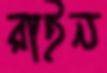
রাইন